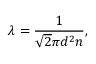
\lambda = \frac { 1 } { \sqrt { 2 } \pi d ^ { 2 } n } ,